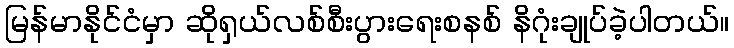
မြန်မာနိုင်ငံမှာ ဆိုရှယ်လစ်စီးပွားရေးစနစ် နိဂုံးချုပ်ခဲ့ပါတယ်။